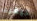
كيفيه